Vital statistics of India. Vol. VI, European troops 1870-79
Year: 1870
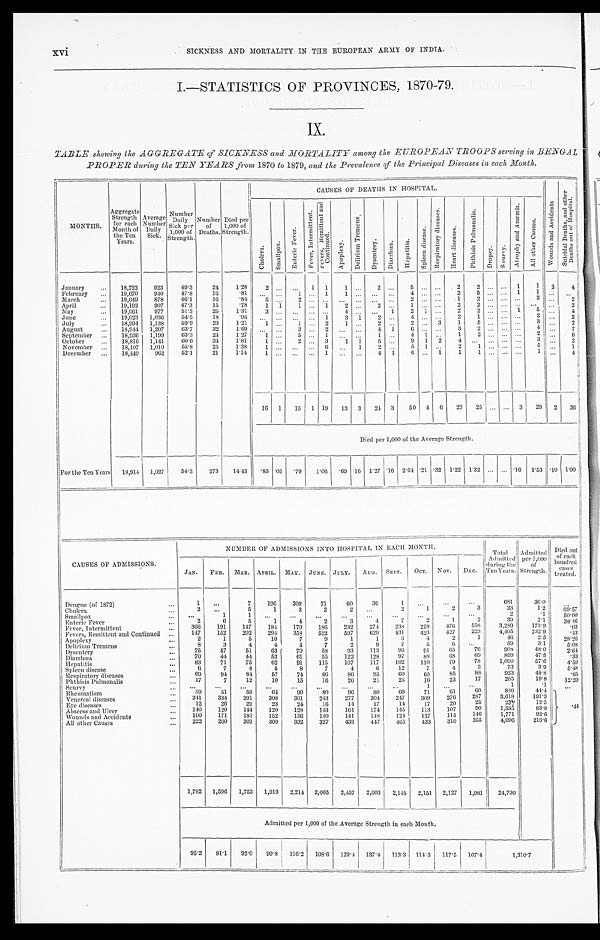
xvi
SICKNESS AND MORTALITY IN THE EUROPEAN ARMY OF INDIA
.
I.—STATISTICS OF PROVINCES, 1870-79.
IX.
TABLE showing the AGGREGA TE of SICKNESS and MORTALITY among the EUROPEA N TROOPS serving in
BENGAL PROPER during the TEN YEARS from 1870 to 1879, and the Prevalence of the Principal Diseases in each Month.
MONTHS.
Aggregate
Strength
for each
Month of
the Ten
Years.
Average
Number
Daily
Sick.
Number
Daily
Sick per
1,000 of
Strength.
Number
of
Deaths.
Died per
1,000 of
Strength.
CAUSES OF DEATHS IN HOSPITAL.
W o u n d s a n d A c c i d e n t s
S u i c i d a l D e a t h s , a n d o t h e r D e a t h s o u t o f H o s p i t a l .
C h o l e r a .
S m a l l p o x .
E n t e r i c F e v e r .
F e v e r , I n t e r m i t t e n t . F e v e r , R e m i t t e n t a n d C o n t i n u e d .
A p o p l e x y .
D e l i r i u m T r e m e n s .
Dysentery.
D i a r r h œ a . Hepatitis.
S p l e e n d i s e a s e .
R e s p i r a t o r y d i s e a s e s .
H e a r t d i s e a s e s .
P h t h i s i s P u l m o n a l i s .
Dropsy.
S c u r v y .
A t r o p h y a n d A n æ m i a .
A l l o t h e r C a u s e s .
January
...
18,722
923
49.3
24
1.28
2 ... ...
1
1
1
...2
...
5
......
2
2
......1
1
2
4
February
...
19,670
940
47.8
16
.81
... ...
1 ...
1
1 ...... ...
4 ......
2
5 ...... 1
1 ...
...
March
...
19,049
878
46.1
16
.84 5
...2
...... ... ... ...
... 2
......
1 2
.........2
...
2
April
...
19,192
907
47.3
15
.78
1
1
1 ...
1
2 ...
2 ...
1 ......
2
2 ............ ...
2
May
...
19,061
977
51.3
25
1.31
3 ...... ......
4 ......
1
2
1 ... 2
2
...... 1
5 ...
4
June
...
19,023
1,036
54.5
18
.95 ... ...... ... 1
3
1 2
...4
...... 2 1
... ...
...
2 ...
2
July
...
18,994
1,138
59.9
23
1.21 1
...
1 ...
2
1 ...
2 ...
2 ...
3
1 5
...... ...
3 ...
2
August
...
18,944
1,207
63.7
32 1.69
... ...3
...2
... ...
4
1
6 ......
3
2 ......... 4 ...
7
September ...
18,936
1,199
63.3
24
1.27
1 ...
5 ... 1 ... ...
1 ...
4
1 ...
1 2
.........
2 ...
6
October
...
18,816
1,141
60.6
34
1.81 1
...
2 ...
3
1
1
5 ...
9
1
2 4
... .........
3 ...
2
November ...
18,107
1,010
55.8
25
1.38
1 ...... ... 6
...
1
2 ...
5
1 ...
2
1 .........
...
1
December
...
18,449
962
52.1
21
1.14
1 ...
... ...
1
...
...
4
1
6 ...
1
1
1
...
... ...
1 ...
4
16
1
15
1 19
13
3
24 3
50 4
6
23
25 ...... 3
29
2
36
Died per 1,000 of the Average Strength.
For the Ten Years
18,914
1,027
54.3
273
14.43
.85 .05
.79
1.06 .69 .16 1.27 .16 2.64 .21 .32 1.22 1.32 ... ... .16 1.53 .10 1.90
CAUSES OF ADMISSIONS.
NUMBER OF ADMISSIONS INTO HOSPITAL IN EACH MONTH.
Total
Admitted
during the
Ten Years.
Admitted
per 1,000
of
Strength.
Died o
ut of each hundred
cases treated.
JAN.
FEB. MAR. APRIL. MAY. JUNE. JULY.
AUG. SEPT.
OCT. NOV.
DEC.
Dengue (of 1872)
...
1
...
7
196
309
71
60
36
1
...
...
...
681
36.0
...
Cholera ...
2
...
5
1
3
2
2 ...
2
1
2
3
23
1.2
69.57
Smallpox ...
...
1 1
...
...
...
...
...
...
...
...
...
2
.1
50.00
Enteric Fever
...
2
6
5
1
4
2
3
4
7
2
1
2
39
2.1
38.46
Fever, Intermittent
...
366
191
147
184
179
186
232
274
238
258
476
558
3,289
173.9
.03
Fevers, Remittent and Continued ...
147
152
202
294
358
522
597
629
431
423
427
223
4,405
232.9
.43
Apoplexy
...
2
1
5
10
7
9
1
1
3
4
2
1
46
2.5
28.26
Delirium Tremens ...
8
3
4
4
4
7
2
9
7
5
6
...
59
59
3.1
5.08
Dysentery
...
75
57
51
63
70
58
93
113
96
91
65
76 908
48.0
2.64
Diarrhœa ...
70
44
44
53
61
55
122
128
97
88
68
69
899
47.5
.33
Hepatitis
...
83
71
75
62
91
115
107
117
102
110
79
78
1,090
57.6
4.59
Spleen disease ...
6
7
4
5
8
7
4
6
12
7
4
3
73
3.9
5.48
Respiratory diseases ...
69
94
84
57
74
66
86
95
60
65
85 88
923
48.8
.65
Phthisis Pulmonalis ...
17
7
12
10
15
16
26
21
25
16
23
17
205
10.8
12.20
Scurvy ...
...
...
...
...
...
...
...
...
... 1
...
...
1
.1
...
Rheumatism
...
59 51
59
64
90
80
96
80 69
71
61
60 840
44.4
.44
Venereal diseases
...
341
334
391
308
301
243
277
304
247
309
276
287
3,618
191.3
Eye diseases ...
12
26
29
23
24
16
14
17
14
17
20
25
234
12.5
Abscess and Ulcer
...
140
120
144
120
128
143
161
174
145
113
107
90
1,585
83.8
Wounds and Accidents
...
160
171
181
152
156
140
141
148
124
137
115
146
1,771 93.6
All other Causes
...
222
260
303
309
332
327
433
447
465
433
310
255
4,096
216.6
1,782
1,596
1,753
1,916
2,214
2,065
2,457
2,603
2,145
2,151
2,127
1,981
24,790
Admitted per 1,000 of the Average Strength in each Month.
95.2
81.1
92.0
99.8 116.2 108.6 12
9.4
137.4 113.3 114.3
117.5 107.4
1,310.7